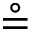
\circeq